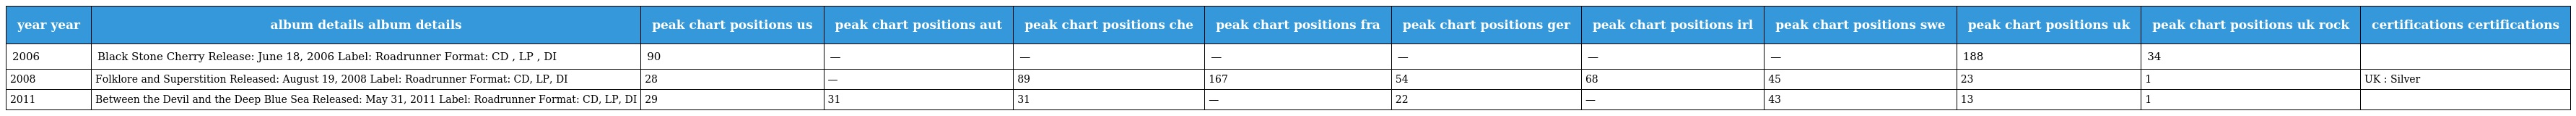
| year year | album details album details | peak chart positions us | peak chart positions aut | peak chart positions che | peak chart positions fra | peak chart positions ger | peak chart positions irl | peak chart positions swe | peak chart positions uk | peak chart positions uk rock | certifications certifications |
 | --- | --- | --- | --- | --- | --- | --- | --- | --- | --- | --- | --- |
 | 2006 | Black Stone Cherry Release: June 18, 2006 Label: Roadrunner Format: CD , LP , DI | 90 | — | — | — | — | — | — | 188 | 34 |  |
 | 2008 | Folklore and Superstition Released: August 19, 2008 Label: Roadrunner Format: CD, LP, DI | 28 | — | 89 | 167 | 54 | 68 | 45 | 23 | 1 | UK : Silver |
 | 2011 | Between the Devil and the Deep Blue Sea Released: May 31, 2011 Label: Roadrunner Format: CD, LP, DI | 29 | 31 | 31 | — | 22 | — | 43 | 13 | 1 |  |